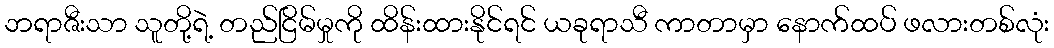
ဘရာဇီးသာ သူတို့ရဲ့ တည်ငြိမ်မှုကို ထိန်းထားနိုင်ရင် ယခုရာသီ ကာတာမှာ နောက်ထပ် ဖလားတစ်လုံး